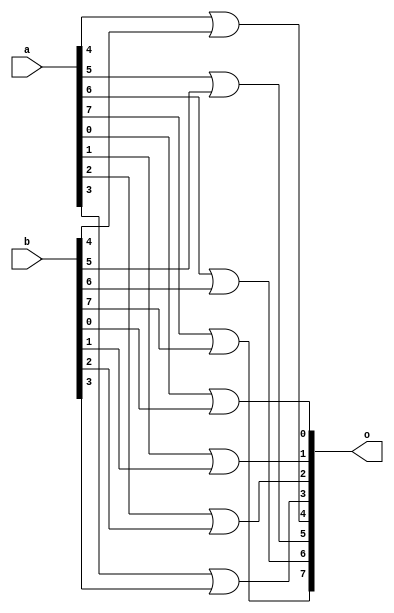
module orgate(o,a,b);
	input [7:0] a;
	input [7:0] b;
	output wire [7:0] o;
	
or or1(o[0],a[0],b[0]);
or or2(o[1],a[1],b[1]);
or or3(o[2],a[2],b[2]);
or or4(o[3],a[3],b[3]);
or or5(o[4],a[4],b[4]);
or or6(o[5],a[5],b[5]);
or or7(o[6],a[6],b[6]);
or or8(o[7],a[7],b[7]);
	

endmodule